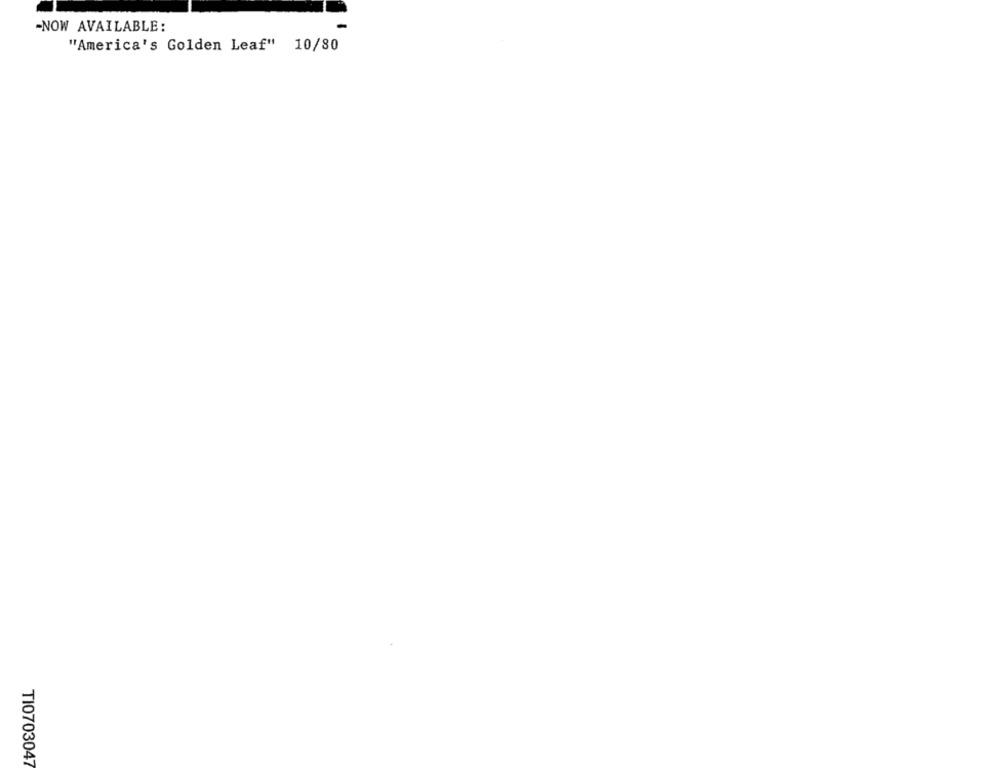
-NOW AVAILABLE:
"America's Golden Leaf" 10/80
TI0703047